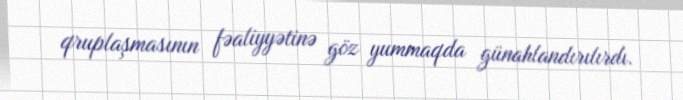
qruplaşmasının fəaliyyətinə göz yummaqda günahlandırılırdı.